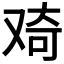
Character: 𠭑